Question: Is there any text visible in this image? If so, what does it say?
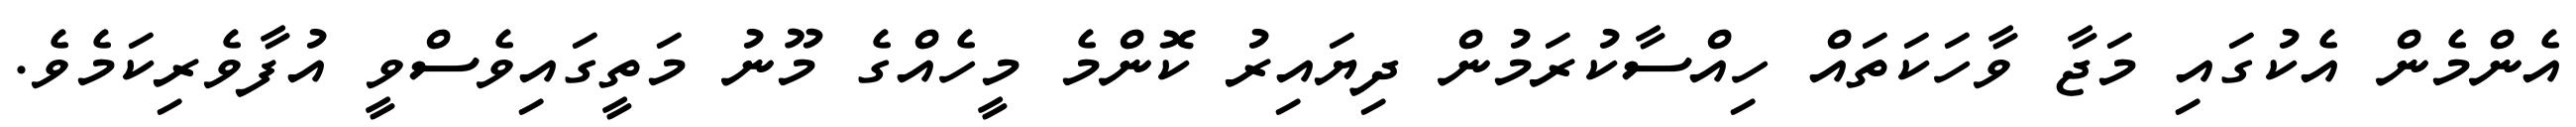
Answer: އެންމެން އެކުގައި މަޖާ ވާހަކަތައް ހިއްސާކުރަމުން ދިޔައިރު ކޮންމެ މީހެއްގެ މޫނު މަތީގައިވެސްވީ އުފާވެރިކަމެވެ.